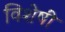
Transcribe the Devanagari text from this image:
विशेषीं